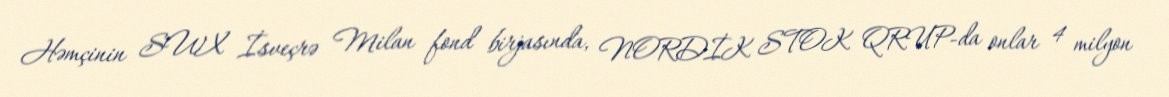
Həmçinin SWX İsveçrə Milan fond birjasında, NORDİK STOK QRUP-da onlar 4 milyon